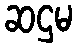
ဆဌမ